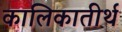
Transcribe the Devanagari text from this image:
कालिकातीर्थ